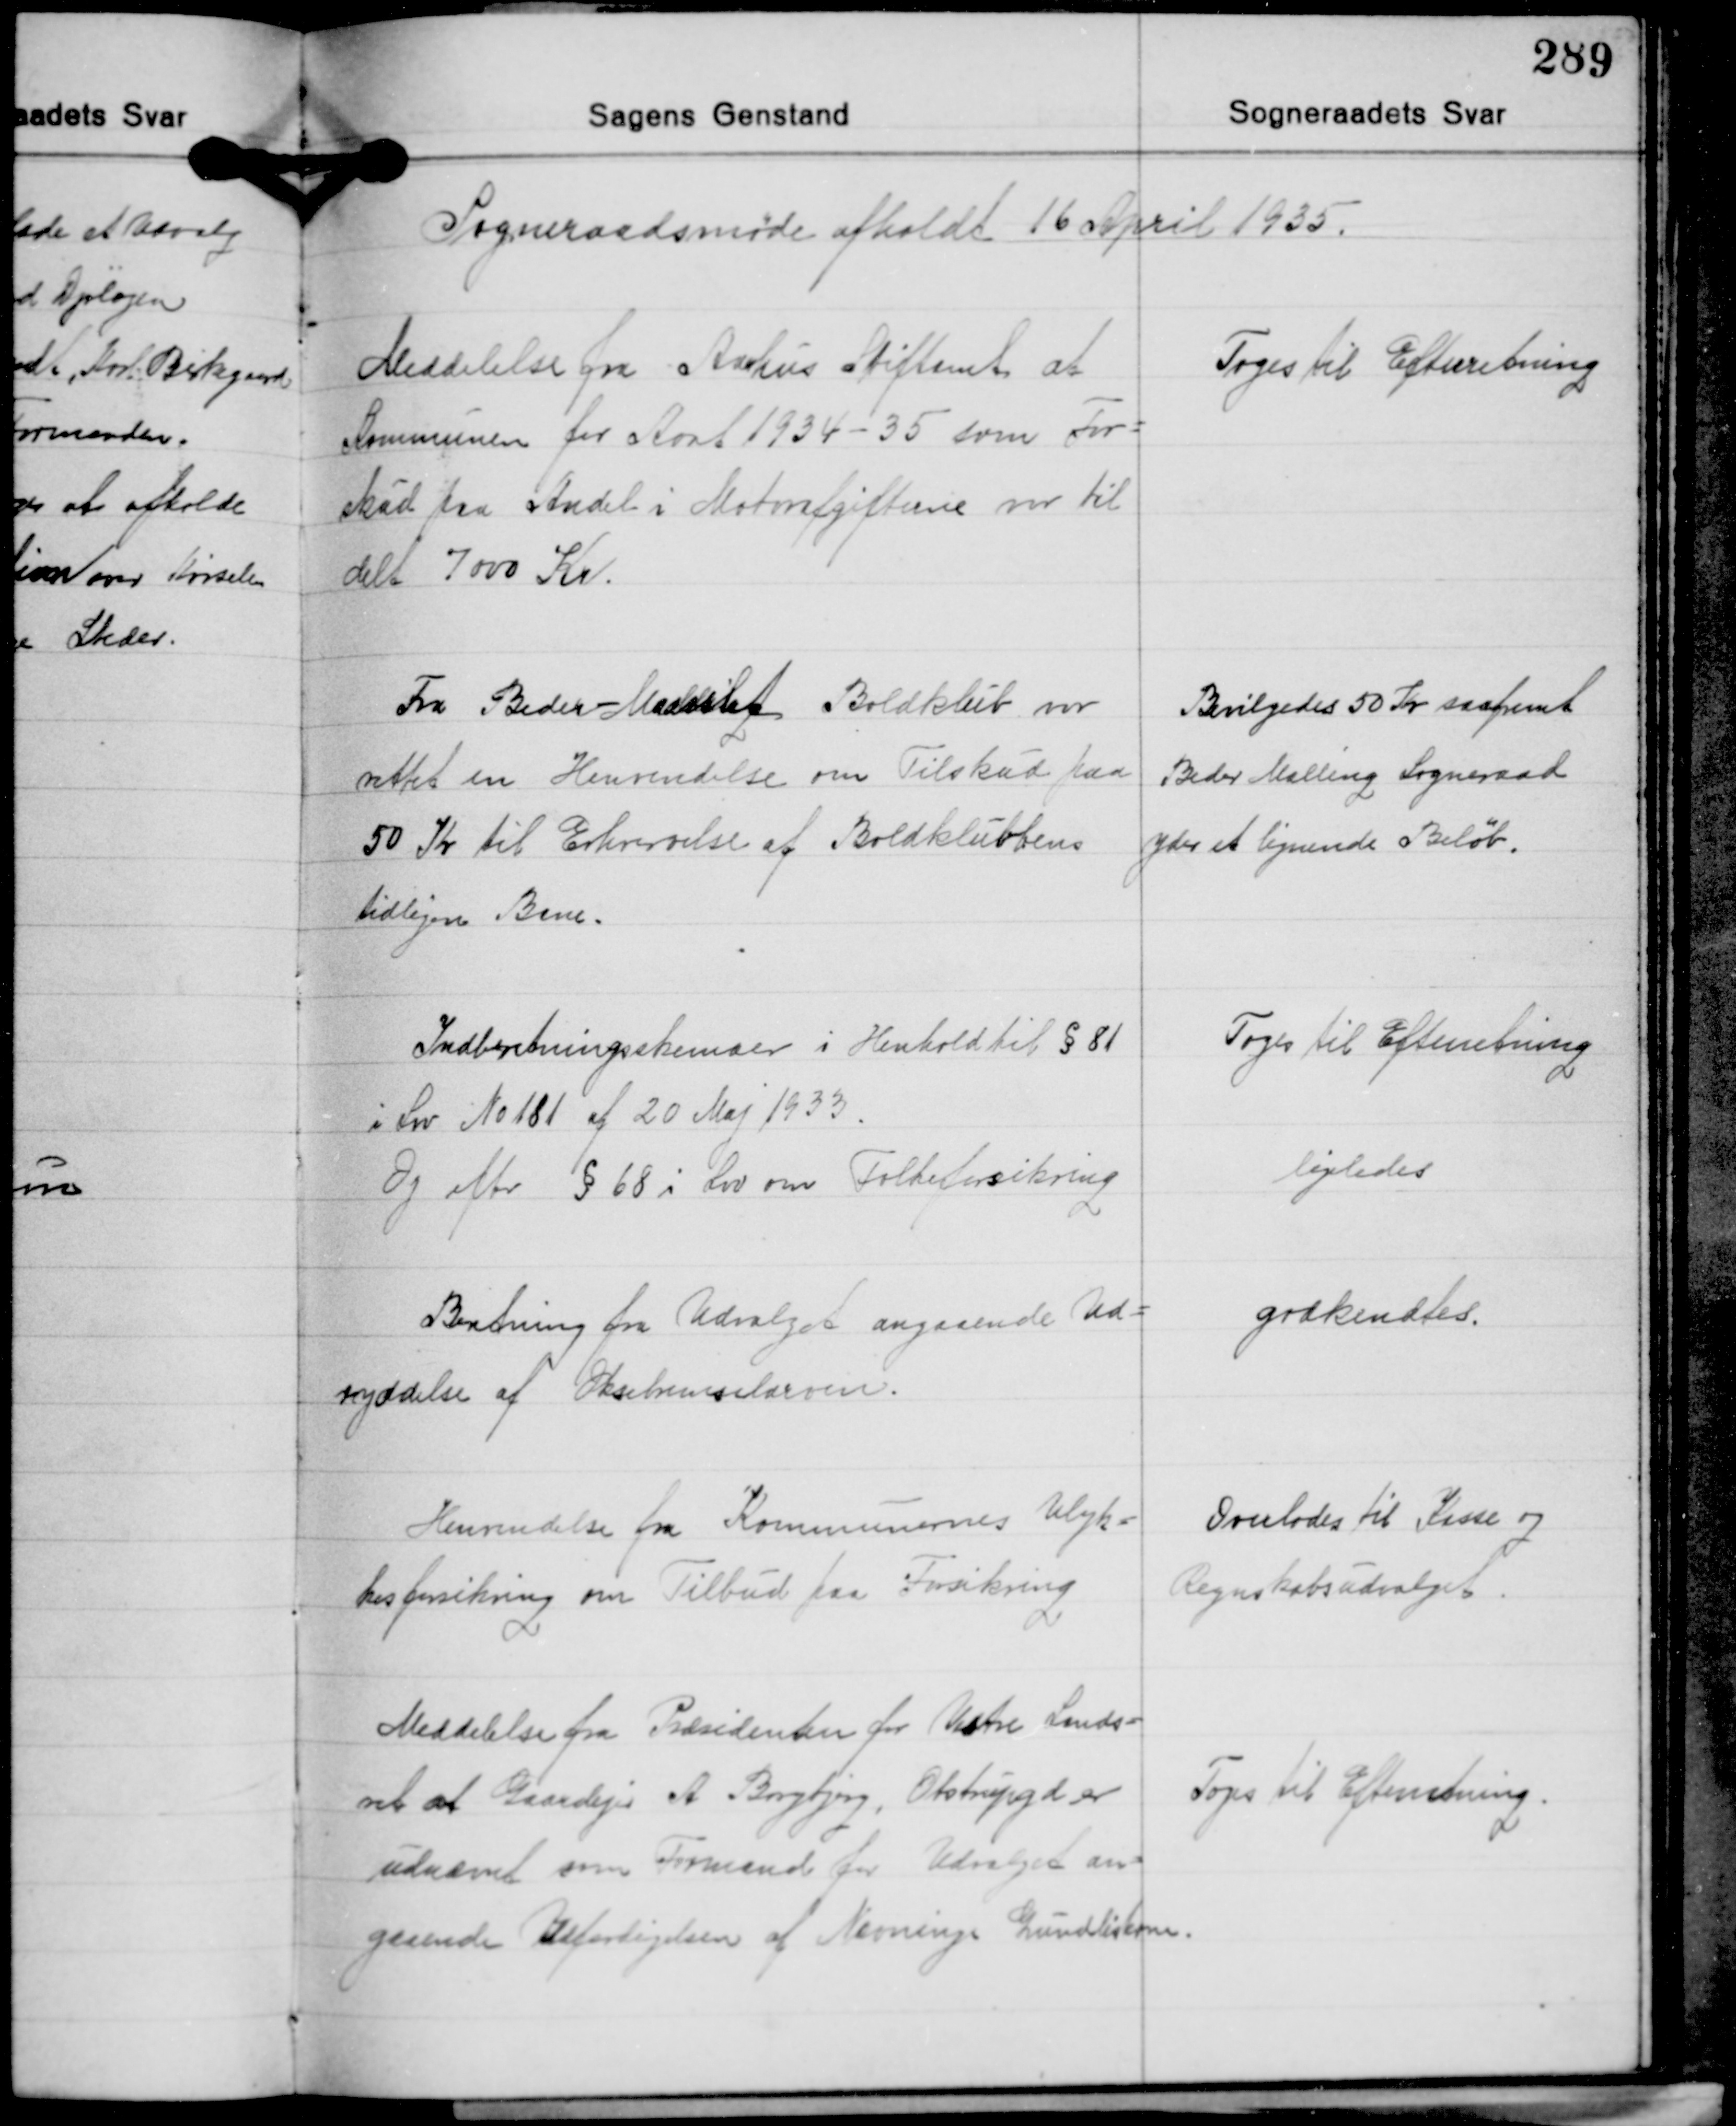
Transskription:
Sogneraadsmøde afholdt 16 April 1935.

Meddelelse fra Aarhus Stiftamt at
Kommunen for Aaret 1934-35 som For-
skud paa Andel i Motorafgifterne var til-
delt 7000 Kr.

Toges til Efterretning

Fra Beder- Maarslet Boldklub var
rettet en Henvendelse om Tilskud paa
50 Kr. til Erhvervelse af Boldklubbens
tidligere Bane.

Bevilgedes 50 Kr. saafremt
Beder Malling Sogneraad
yder et lignende Beløb.

Indberetningsskemaer i Henhold til § 81
i Lov No 181 af 20 Maj 1933
Og efter § 68 i Lov om Folkeforsikring

Toges til Efterretning

ligeledes

Beretning fra Udvalget angaaende Ud-
ryddelse af Oksebemselarven.

godkendtes.

Henvendelse fra Kommunernes Ulyk-
kesforsikring om Tilbud paa Forsikring

Overlodes til Kasse og
Regnskabsudvalget.

Meddelelse fra Præsidenten for Vestre Lands-
ret at Gaardejer A. Borgbjerg, Olstrupgd. er
udnævnt som Formand for Udvalget an-
gaaende Udfærdigelsen af Nævninge Grundlistene.

Toges til Efterretning.